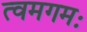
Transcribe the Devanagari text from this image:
त्वमगमः